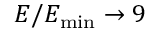
E / E _ { \mathrm { m i n } } \to 9